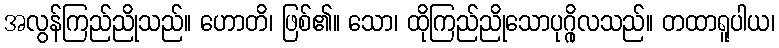
အလွန်ကြည်ညိုသည်။ ဟောတိ၊ ဖြစ်၏။ သော၊ ထိုကြည်ညိုသောပုဂ္ဂိုလသည်။ တထာရူပါယ၊